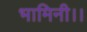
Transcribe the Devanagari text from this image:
भामिनी।।